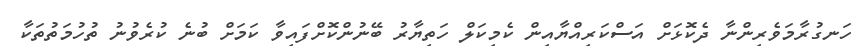
ހަނގުރާމަވެރިންނާ ދެކޮޅަށް އަސްކަރިއްޔާއިން ކެމިކަލް ހަތިޔާރު ބޭނުންކޮށްފައިވާ ކަމަށް ބުނެ ކުރެވުނު ތުހުމަތުތަކާ